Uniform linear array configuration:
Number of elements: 16
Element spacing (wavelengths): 0.75
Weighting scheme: uniform
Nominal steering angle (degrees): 30
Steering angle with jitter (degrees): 31.563
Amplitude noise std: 0.05
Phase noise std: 0.05

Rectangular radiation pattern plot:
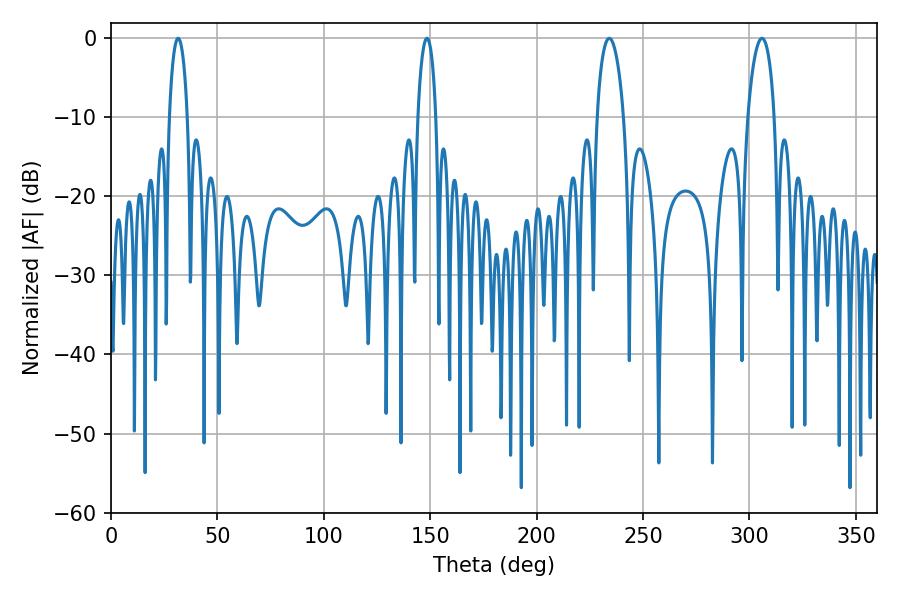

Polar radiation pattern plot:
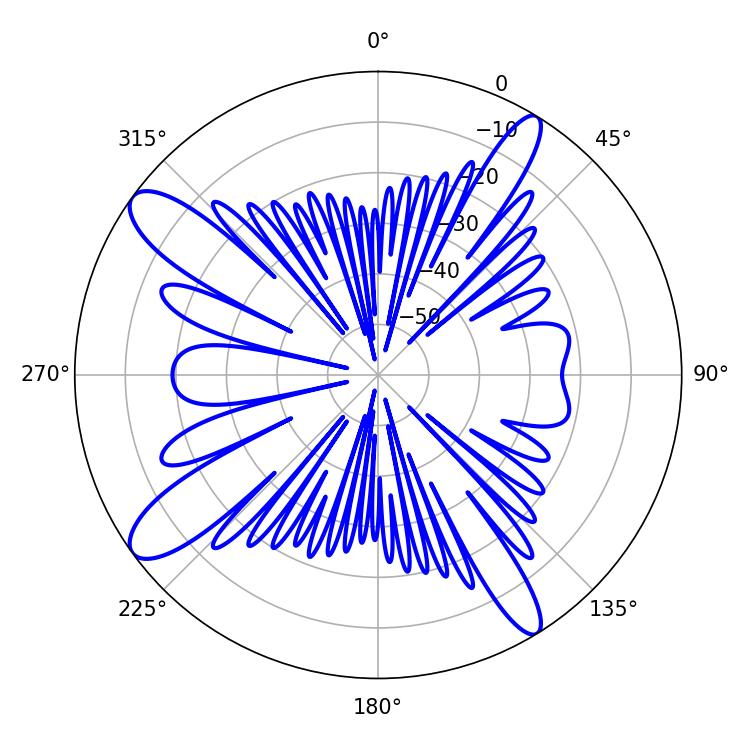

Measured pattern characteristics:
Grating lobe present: TRUE
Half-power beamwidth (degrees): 4.86
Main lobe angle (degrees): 31.5